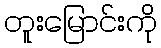
တူးမြောင်းကို